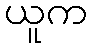
ယူက